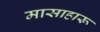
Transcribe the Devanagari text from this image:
मासाहारू